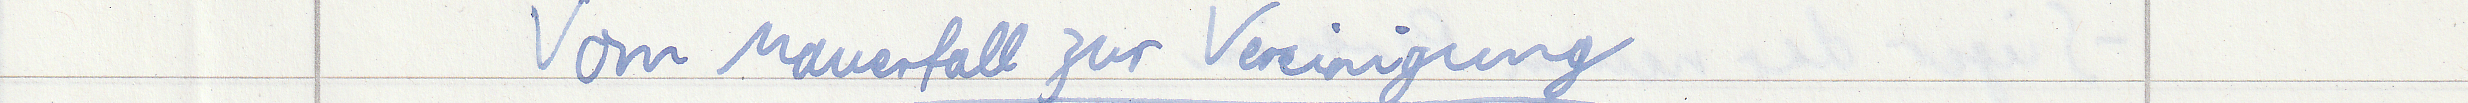
Vom Mauerfall zur Vereinigung